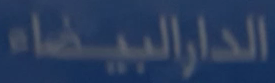
الدارالبيضاء